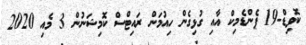
ކޮވިޑް-19 ޕެންޑެމިކް އާއި ގުޅިގެން ހިއުމަން ރައިޓްސް ކޮމިޝަނުން 3 މެއި 2020